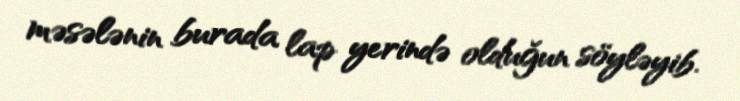
məsələnin burada lap yerində olduğun söyləyib.